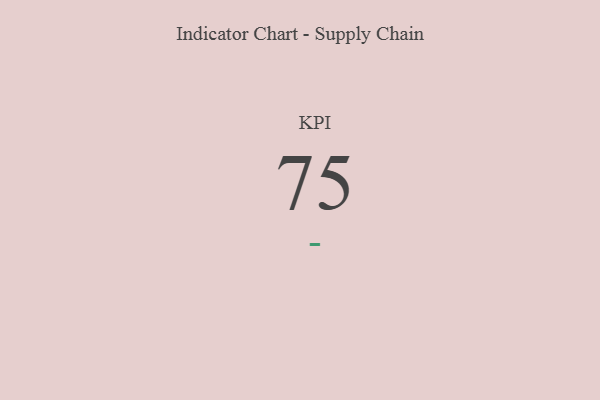
{"axis": {"x": "KPI", "y": "Value"}, "legend": [""], "data": [{"x": "KPI", "y": 75, "type": ""}]}